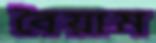
বৈয়াম